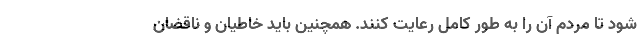
شود تا مردم آن را به طور کامل رعایت کنند. همچنین باید خاطیان و ناقضان